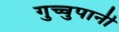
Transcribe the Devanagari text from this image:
गुच्चुपानी